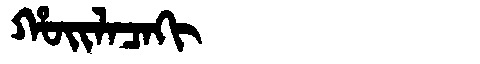
Manchu: ᡥᠣᡳᠯᠠᠴᠠᡴᡳ
Romanization: HOILACAKI